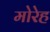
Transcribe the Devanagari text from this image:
मोरेह